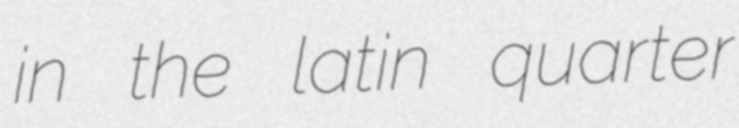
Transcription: in the latin quarter